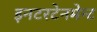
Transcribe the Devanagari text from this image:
इनटरटेनमेन्ट